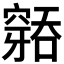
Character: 𮄐